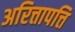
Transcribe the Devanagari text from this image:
अरित्तापत्ति